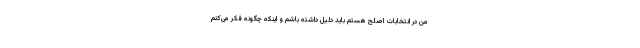
من در انتخابات اصلح هستم باید دلیل داشته باشم و اینکه چگونه فکر می‌کنم